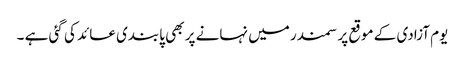
یوم آزادی کے موقع پر سمندر میں نہانے پر بھی پابندی عائد کی گئی ہے ۔